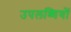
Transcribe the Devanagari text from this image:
उपलब्घियों